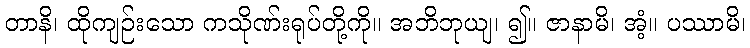
တာနိ၊ ထိုကျဉ်းသော ကသိုဏ်းရုပ်တို့ကို။ အဘိဘုယျ၊ ၍။ ဇာနာမိ၊ အံ့။ ပဿာမိ၊